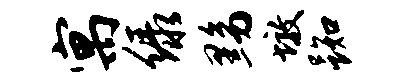
寓绿黝墩踟